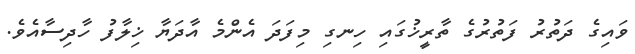
ވައިގެ ދަތުރު ފަތުރުގެ ތާރީޚުގައި ހިނގި މިފަދަ އެންމެ އާދަޔާ ޚިލާފު ހާދިސާއެވެ.